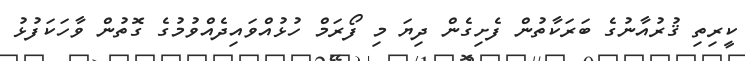
ކީރިތި ޤުރުއާނުގެ ބަރަކާތުން ފެށިގެން ދިޔަ މި ފޯރަމް ހުޅުއްވައިދެއްވުމުގެ ގޮތުން ވާހަކަފުޅު